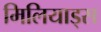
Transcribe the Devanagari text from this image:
मिलियाड्स